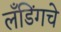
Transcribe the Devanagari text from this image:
लँडिंगचे